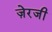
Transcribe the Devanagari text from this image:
ज़ेरजी